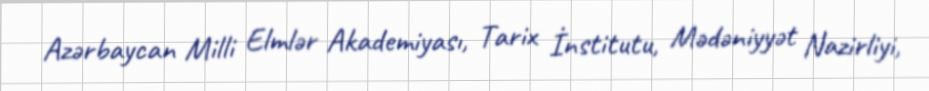
Azərbaycan Milli Elmlər Akademiyası, Tarix İnstitutu, Mədəniyyət Nazirliyi,